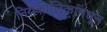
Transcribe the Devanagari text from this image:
नियकालिकांमधून